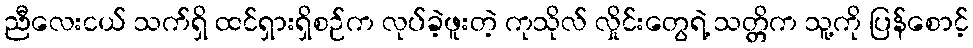
ညီလေးငယ် သက်ရှိ ထင်ရှားရှိစဉ်က လုပ်ခဲ့ဖူးတဲ့ ကုသိုလ် လှိုင်းတွေရဲ့ သတ္တိက သူ့ကို ပြန်စောင့်